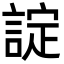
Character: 諚